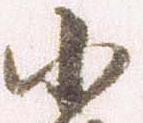
小